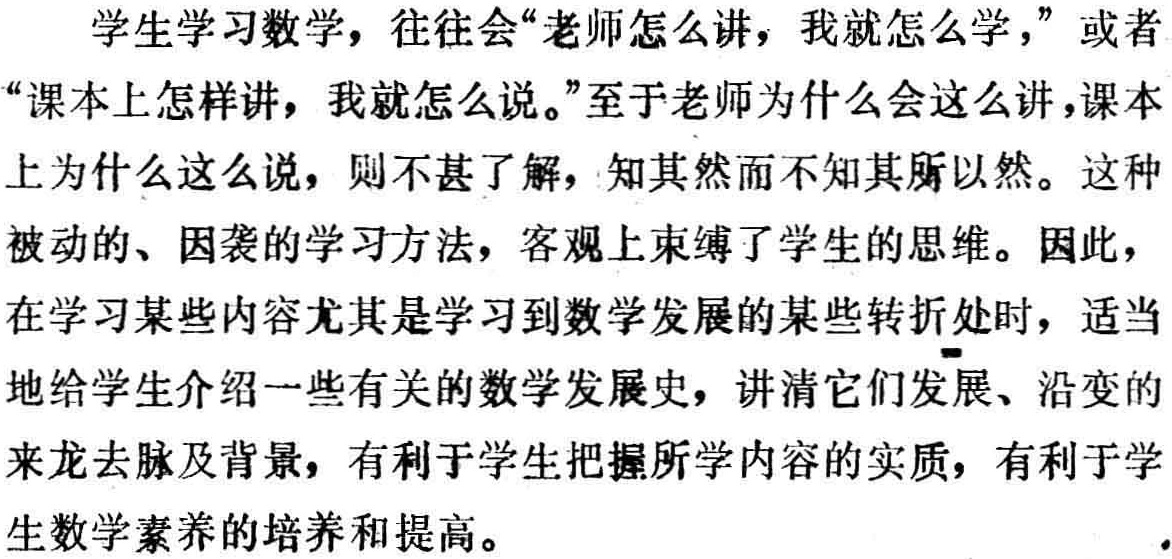
学生学习数学，往往会“老师怎么讲，我就怎么学，”或者“课本上怎样讲，我就怎么说。”至于老师为什么会这么讲，课本上为什么这么说，则不甚了解，知其然而不知其所以然。这种被动的、因袭的学习方法，客观上束缚了学生的思维。因此，在学习某些内容尤其是学习到数学发展的某些转折处时，适当地给学生介绍一些有关的数学发展史，讲清它们发展、沿变的来龙去脉及背景，有利于学生把握所学内容的实质，有利于学生数学素养的培养和提高。